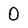
Character: 0